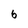
Character: 6